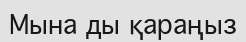
Мына ды қараңыз